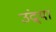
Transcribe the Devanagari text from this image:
उंद्र्या